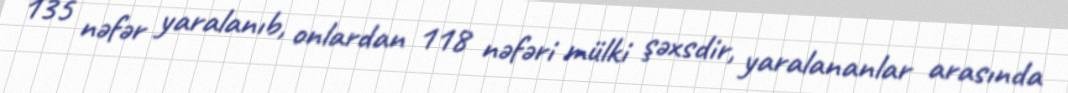
135 nəfər yaralanıb, onlardan 118 nəfəri mülki şəxsdir, yaralananlar arasında